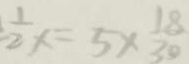
\frac { 1 } { 2 } x = 5 \times \frac { 1 8 } { 3 0 }